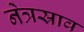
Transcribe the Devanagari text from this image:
नेत्रस्राव